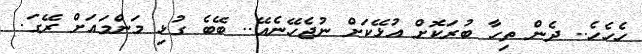
ހެހެހެ.. ދެން ތިހާ ބުރަކޮށް އުޅޭކަށް ނުޖެހޭނެއޭ.. ބޭބެ ގުޅި މަންމައަށް ރޭގަ.